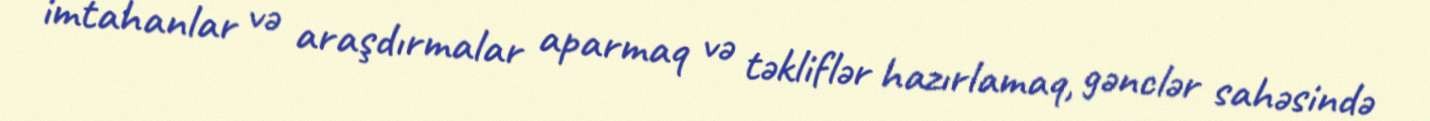
imtahanlar və araşdırmalar aparmaq və təkliflər hazırlamaq, gənclər sahəsində